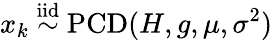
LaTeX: x_{k}\overset{\mathrm{iid}}{\sim}\operatorname{PCD}(H,g,\mu,\sigma^{2})